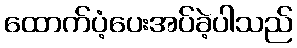
ထောက်ပံ့ပေးအပ်ခဲ့ပါသည်